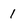
Character: 1